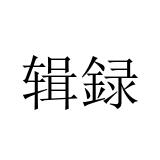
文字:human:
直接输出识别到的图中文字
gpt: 辑録